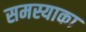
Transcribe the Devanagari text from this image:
समस्याका